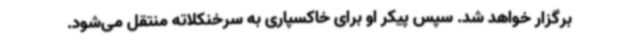
برگزار خواهد شد. سپس پیکر او برای خاکسپاری به سرخنکلاته منتقل می‌شود.